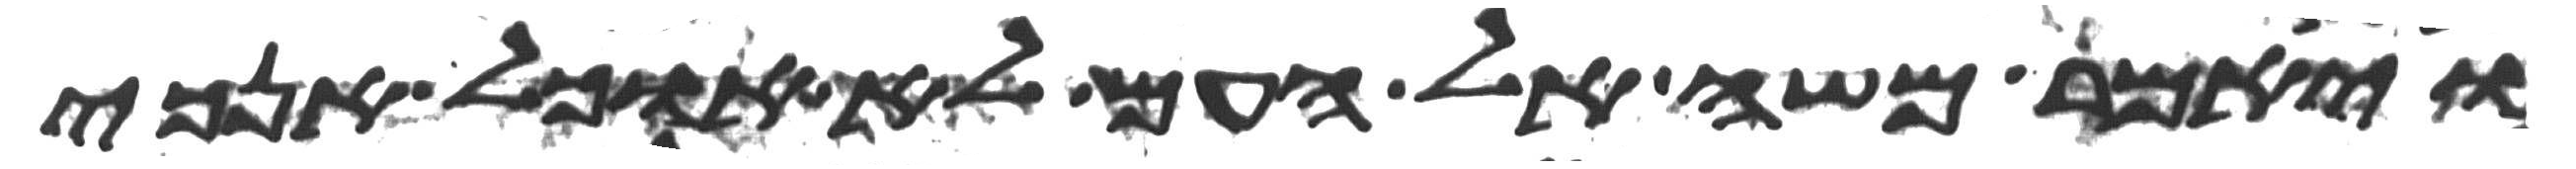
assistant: ויאמר משה אל העם לא אוכל אנכי